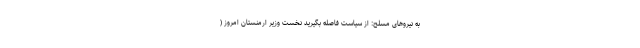
به نیروهای مسلح: از سیاست فاصله بگیرید نخست وزیر ارمنستان امروز (